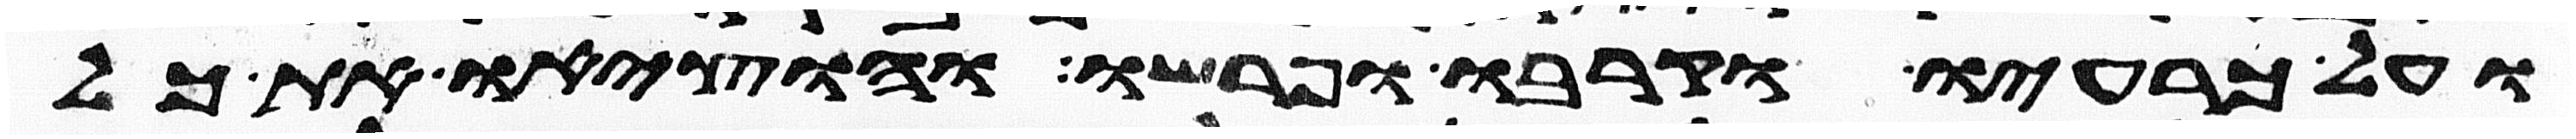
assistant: ועל כרעיו וקרבו ופרשו והוציאו את כל